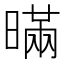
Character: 暪